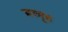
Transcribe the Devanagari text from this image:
मात्रूह